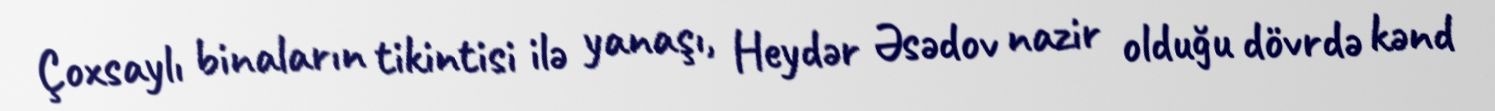
Çoxsaylı binaların tikintisi ilə yanaşı, Heydər Əsədov nazir olduğu dövrdə kənd